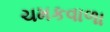
ચમકવાળા